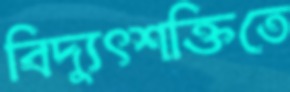
বিদ্যুৎশক্তিতে